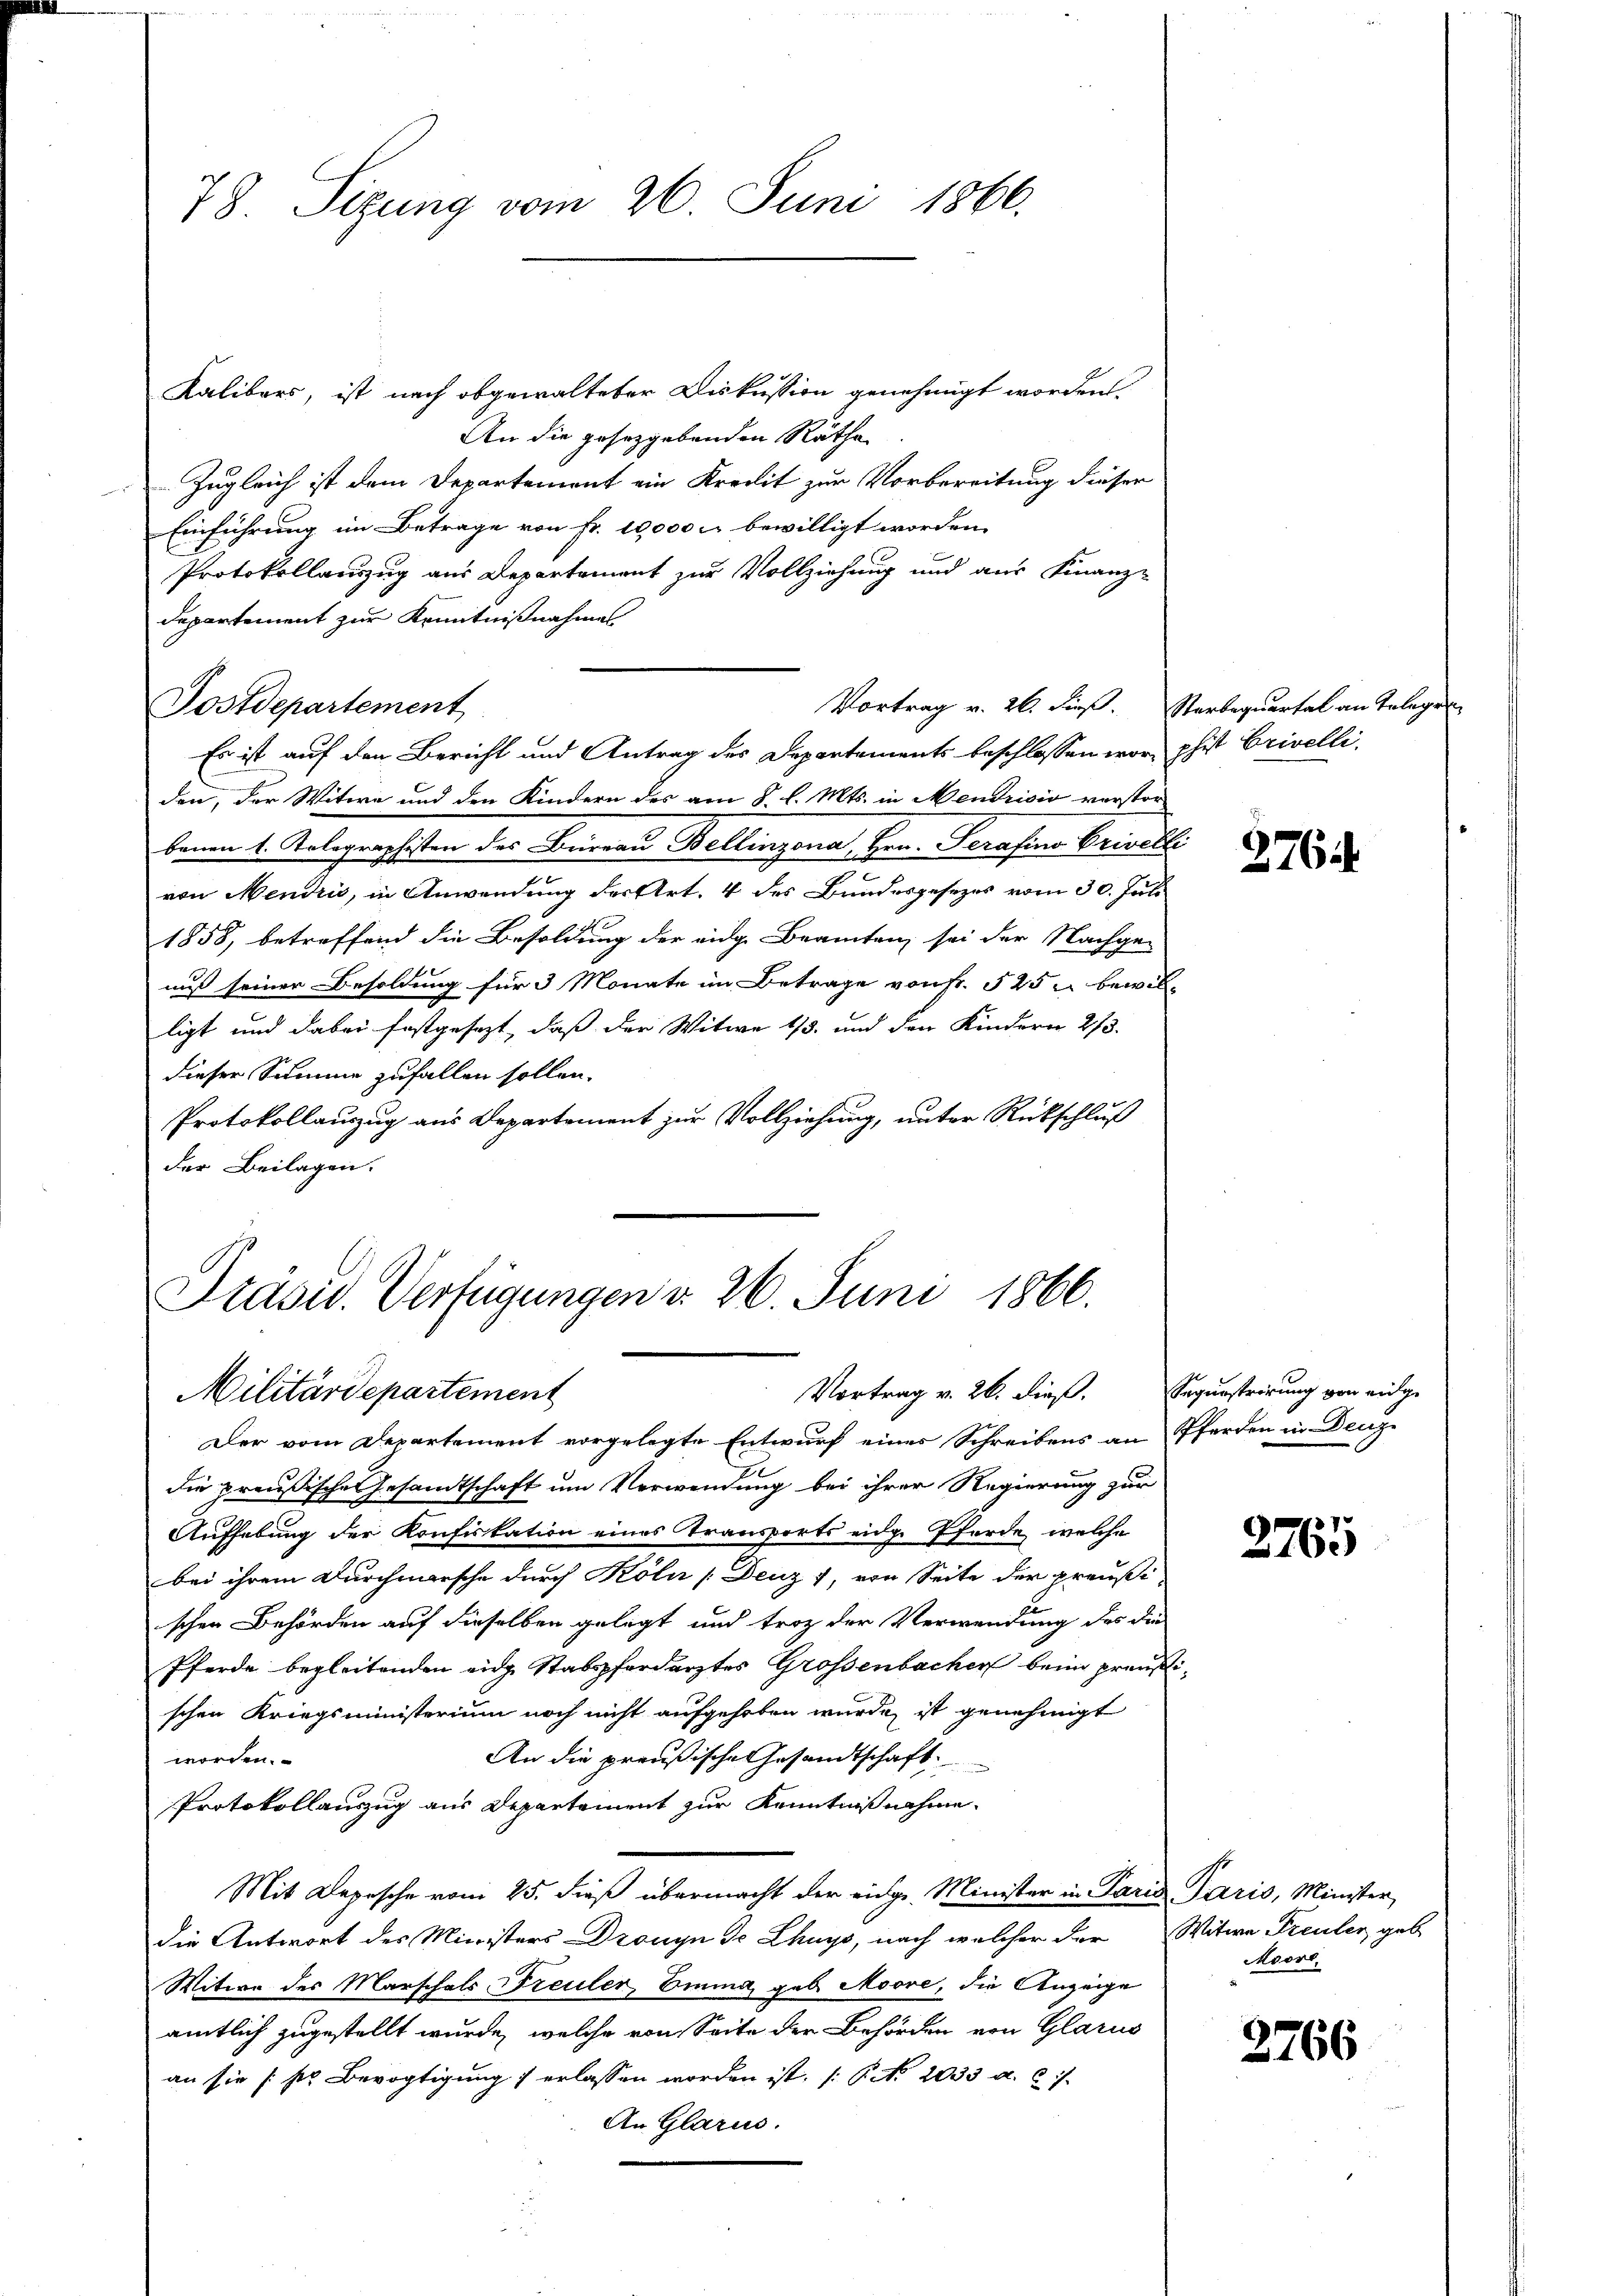
78. Sizung vom 26. Juni 1866.

Kalibers, ist nach abgewalteter Diskussion genehmigt worden.
An die gesetzgebenden Räthe
Zugleich ist dem Departement ein Kredit zur Vorbereitung dieser
Einführung im Betrage von Fr. 10,000 l. bewilligt worden.
Protokollauszug aus Departement zur Vollziehung und aus Finanz-
departement zur Kenntnißnahmes
Es ist auf den Bericht und Antrag des Departements beschlossen worphist brivelli
den, der Witwe und den Kindern des am 8 l. Mts. in Mendrisis verstör
benen 1. Relegraphisten der Beioraus Bellinzona Hrn. Serasino Privilli
s
von Mendris, in Anwendung der Art. 4 des Bundesgesezes vom 30. Juli
1858, betreffend die Besoldung der eige Beamten sei der Nachge-
nuß seiner Besoldung für 3 Monate im Betrage von Fr. 525 u bewilligt und dabei festgesezt, daß der Witwe 1/3. und den Kindern 2/3.
dieser Summe zufallen sollen.
Protokollauszug aus Departement zur Vollziehung, unter Rückschluß
der Beilagen.

Postdepartement

Präsid. Verfügungen d. 26. Juni 1866.
Vortrag v. 26. dieß. Sequestrirung von eidge
Militärdepartement

Der vom Departement vorgelegte Entwurf eines Schreibens an Pferden in Denz
die preußischen Gesandtschaft um Verwendung bei ihrer Regierung zur
Aufhebung der Konfiskation eines Transports eidge Pferde, welche
bei ihrem Durchmarsche durch Köln [Deuz 7, von Seite der preußi
schen Behörden auf dieselben gelegt und troz der Verwendung des die
Pferde begleitenden ein Stabspferdarztes Grossenbacher beim preußischen Kriegsministerium noch nicht aufgehoben wurde, ist genehmigt
An die preußische Gesandtschaft.
worden.
Protokollauszug aus Departement zur Kenntnißnahme.
Mit Depesche vom 25. dieß übermacht der eidg. Minister in Paris Paris, Minister,
die Antwort des Ministers Dronyn de Chuys, nach welcher der Witwe Freuler geb
Witwe des Marschals, Freuler, Emma, geb. Moore, die Anzeige
amtlich zugestellt wurde, welche von Seite der Behörden von Glarus
an sie /:ser Bevogtigung erlassen worden ist. No. 2033. a. c.
An Glarus.

Vortrag v. 26. dieß. Starbequartal an Telegen

2764.

3765

Moort,

2766